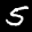
Label: 5